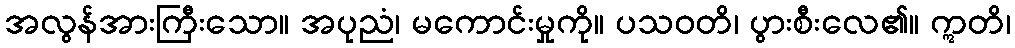
အလွန်အားကြီးသော။ အပုညံ၊ မကောင်းမှုကို။ ပသဝတိ၊ ပွားစီးလေ၏။ ဣတိ၊